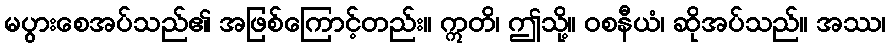
မပွားစေအပ်သည်၏ အဖြစ်ကြောင့်တည်း။ ဣတိ၊ ဤသို့။ ဝစနီယံ၊ ဆိုအပ်သည်။ အဿ၊